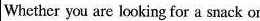
Whether you are looking for a snack or